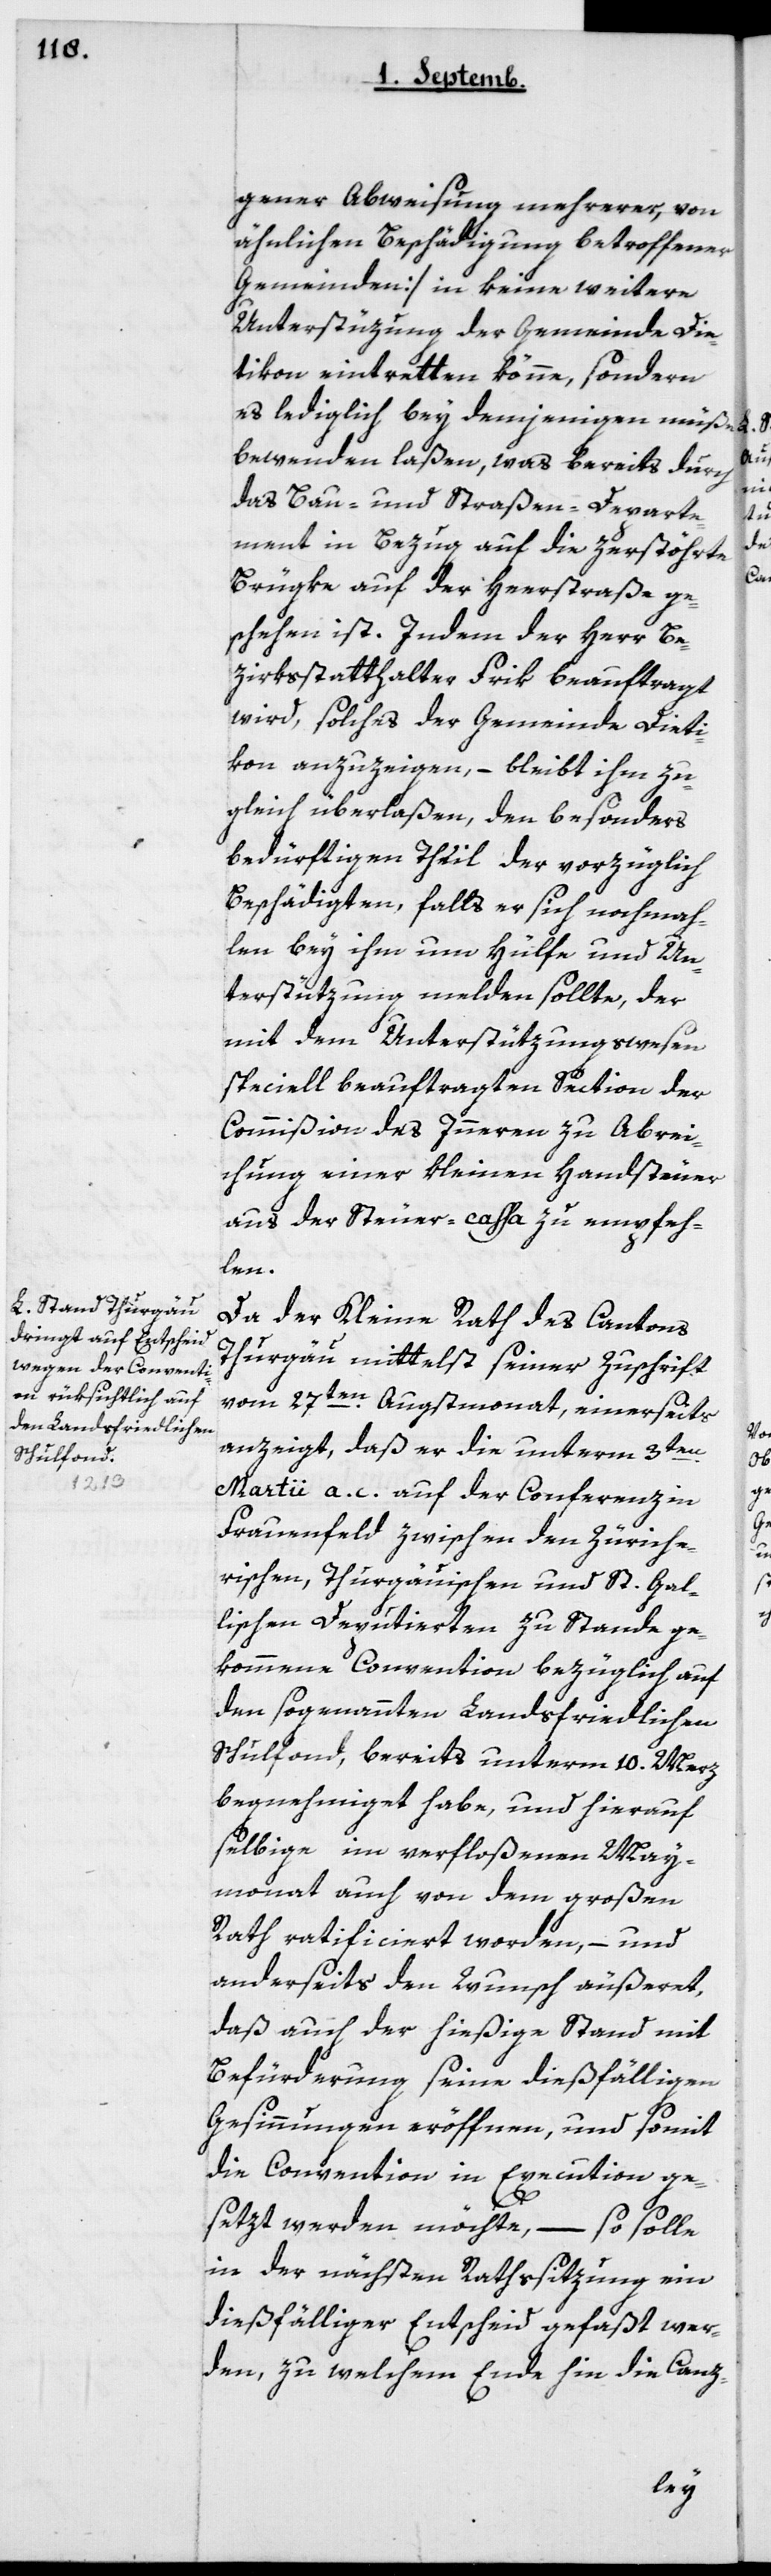
gener Abweisung mehrerer, von
ähnlichen Beschädigung betroffenen
Gemeinden] in keine weitere
Unterstüzung der Gemeinde Die¬
tikon eintretten könne, sondern
es lediglich bey demjenigen müße
bewenden laßen, was bereits durch
das Bau- und Straßen-Departe¬
ment in Bezug auf die zerstöhrte
Brügke auf der Heerstraße ge¬
schehen ist. Indem der Herr Be¬
zirksstatthalter Frik beauftragt
wird, solches der Gemeinde Dieti¬
kon anzuzeigen, – bleibt ihm zu¬
gleich überlaßen, den besonders
bedürftigen Theil der vorzüglich
Beschädigten, falls er sich nochmah¬
len bey ihm um Hülfe und Un¬
terstützung melden sollte, der
mit dem Unterstüzungswesen
speciell beauftragten Section der
Commißion des Innern zu Abrei¬
chung einer kleinen Handsteuer
aus der Steuercaßa zu empfeh¬
len.
Da der Kleine Rath des Cantons
Thurgau mittelst seiner Zuschrift
vom 27ten Augstmonat, einerseits
anzeigt, daß er die unterm 3ten
Martii a.c. auf der Conferenz in
Frauenfeld zwischen den Züriche¬
rischen, Thurgauischen und St. Gal¬
lischen Deputierten zustande ge¬
kommene Convention bezüglich auf
den sogenannten Landsfriedlichen
Schulfonds, bereits unterm 10ten Merz
begnehmiget habe, und hierauf
selbige im verfloßenen May¬
monat auch von dem Großen
Rath ratificiert worden, – und
anderseits den Wunsch äußeret,
daß auch der hießige Stand mit
Befürderung seine dießfälligen
Gesinnungen eröffnen, und somit
die Convention in Execution ge¬
setzt werden möchte, – so solle
in der nächsten Rathssitzung ein
dießfälliger Entscheid gefaßt wer¬
den, zu welchem Ende hin die Canz-
gegan¬